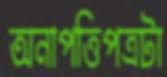
অনাপত্তিপত্রটা